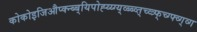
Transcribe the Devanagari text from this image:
कोकोइजिऔप्क्न्ब्ब्यिपोह्य्य्ग्य्व्ब्ब्व्त्च्व्त्र्फ्च्ग्फ्व्ग्व्ग